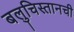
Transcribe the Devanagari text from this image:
बलुचिस्तानची